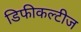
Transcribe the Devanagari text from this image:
डिफीकल्टीज